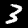
Label: 3